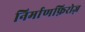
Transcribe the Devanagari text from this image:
निर्माणफ़िरोज़